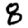
Digit: 8